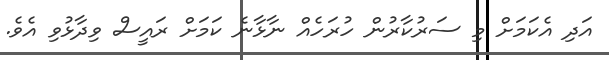
އަދި އެކަމަށް މި ސަރުކާރުން ހުރަހެއް ނާޅާނެ ކަމަށް ރައީސް ވިދާޅުވި އެވެ.